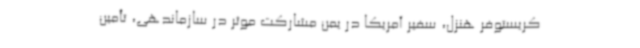
کریستوفر هنزل، سفیر آمریکا در یمن مشارکت موثر در سازماندهی، تأمین